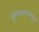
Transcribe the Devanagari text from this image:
ध्रुवमानन्दमव्ययम्